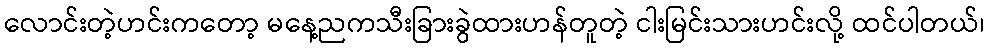
လောင်းတဲ့ဟင်းကတော့ မနေ့ညကသီးခြားခွဲထားဟန်တူတဲ့ ငါးမြင်းသားဟင်းလို့ ထင်ပါတယ်၊